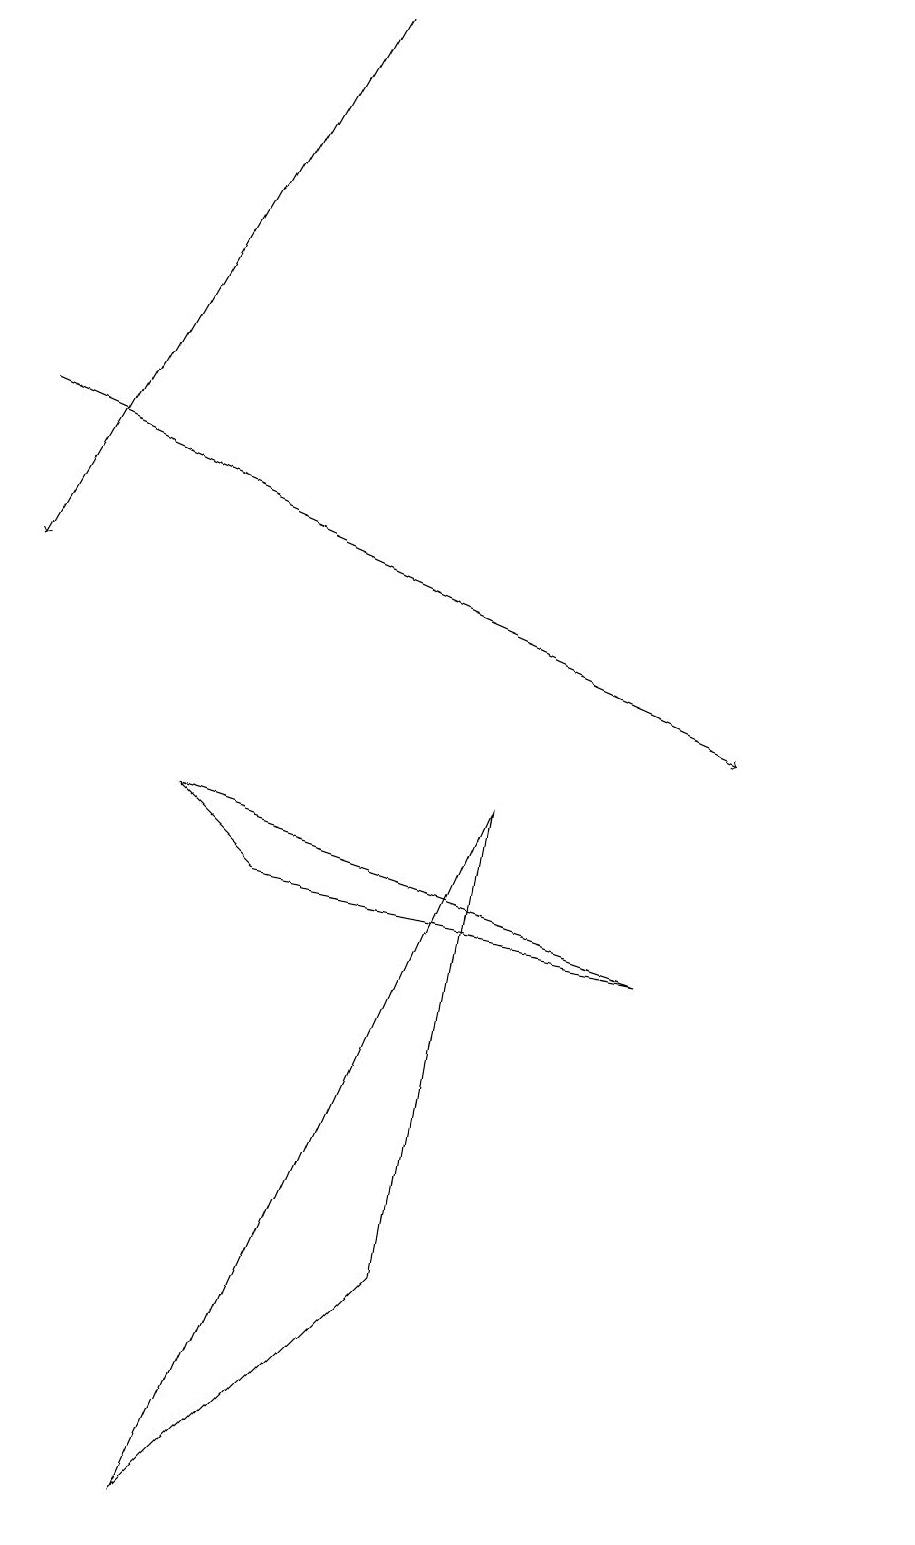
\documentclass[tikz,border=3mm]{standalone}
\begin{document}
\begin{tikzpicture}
\draw[->] (0,14) -- (9,10);
\draw (11,11) circle (0);
\draw (6,9) -- (2,0) -- (5,3) -- cycle;
\draw (8,7) -- (3,8) -- (2,9) -- cycle;
\draw[->] (4,19) -- (0,12);
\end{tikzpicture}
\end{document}